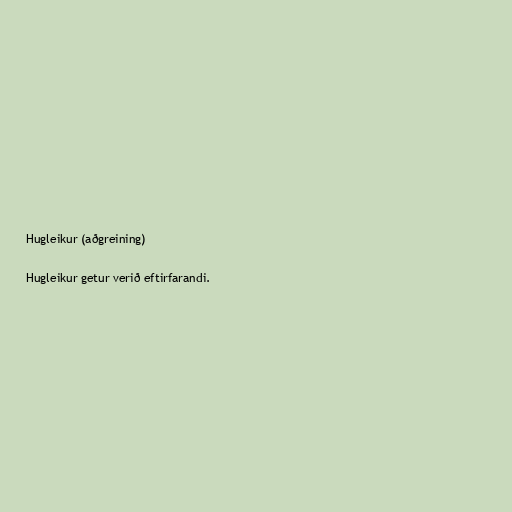
Hugleikur (aðgreining)

Hugleikur getur verið eftirfarandi.